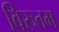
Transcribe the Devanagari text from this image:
विरुतम